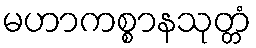
မဟာကစ္စာနသုတ္တံ